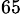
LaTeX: _{65}